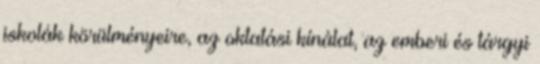
iskolák körülményeire, az oktatási kínálat, az emberi és tárgyi